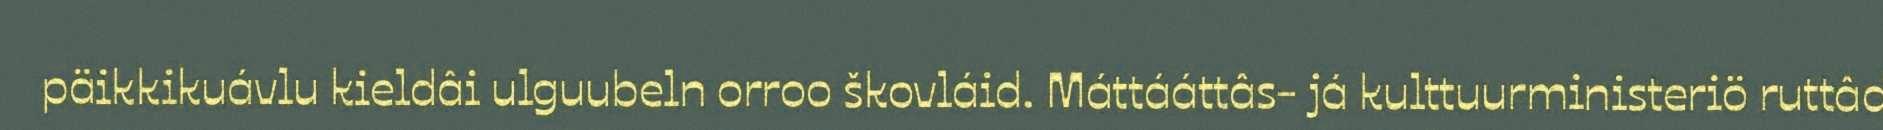
päikkikuávlu kieldâi ulguubeln orroo škovláid. Máttááttâs- já kulttuurministeriö ruttâd